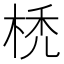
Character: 𣒇